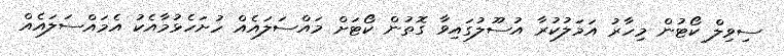
ސިވިލް ކޯޓުން މިހާރު އަމަލުކުރާ އުސޫލުގައިވާ ގޮތުން ކޯޓަށް މައްސަލައެއް ހުށަހެޅުމާއެކު އެމައްސަލައެއް